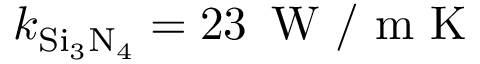
k _ { \mathrm { S i _ { 3 } N _ { 4 } } } = 2 3 \, \mathrm { ~ W ~ / ~ m ~ K ~ }